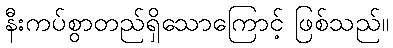
နီးကပ်စွာတည်ရှိသောကြောင့် ဖြစ်သည်။